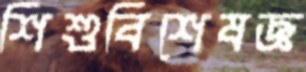
শিশুবিশেষজ্ঞ